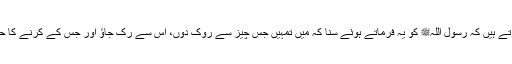
1601: سیدنا ابو ہریرہؓ سے روایت ہے ،بیان کرتے ہیں کہ رسول اللہﷺ کو یہ فرماتے ہوئے سنا کہ میں تمہیں جس چیز سے روک دوں، اس سے رک جاؤ اور جس کے کرنے کا حکم دوں، اسے اپنی استطاعت کے مطابق بجا لاؤ۔